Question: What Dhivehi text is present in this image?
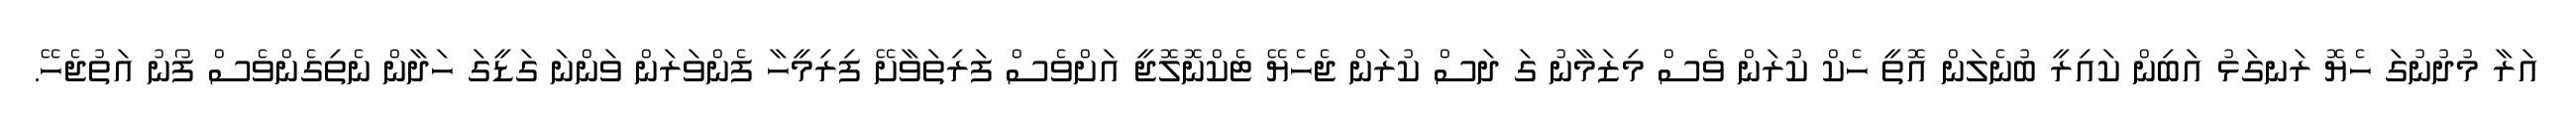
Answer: އަރާ މުދުނުގަ ހެޔޮ ރަނގަޅު އަބިން ކައިރީ ބުނެލަން އޮތީ ހެކް ކުރަން ވެސް މިޒަމާނު ގަ ދަސް ކުރަން ޖެހެޔޭ ޓެކްނޮލޮޖީ އަށްވެސް ފަރިތަވާށޭ ފިރިމީހާ ފެންވަރަން ވަންނަ ގަޑީގަ ހަދާން ނެތިގެންވެސް ފޯނު އަތުޖެހޭ.